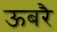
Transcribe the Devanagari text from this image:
ऊबरै